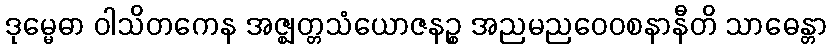
ဒုမ္မေဓာ ဝါသိတကေန အဇ္ဈတ္တသံယောဇနဉ္စ အညမညဝေဝစနာနီတိ သာဓေန္တာ